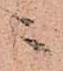
ニ